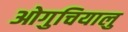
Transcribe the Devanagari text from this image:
ओगुचियालु